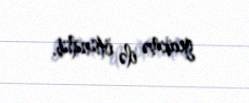
gecikmə ilə ötürülüb.